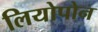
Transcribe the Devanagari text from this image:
लियोपोन